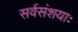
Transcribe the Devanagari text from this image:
सर्वसंशयाः